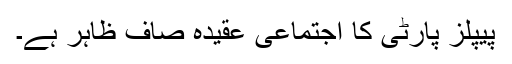
پیپلز پارٹی کا اجتماعی عقیدہ صاف ظاہر ہے۔